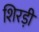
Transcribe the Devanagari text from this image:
शिरड़ी